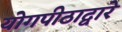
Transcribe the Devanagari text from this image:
योगपीठाद्वारे